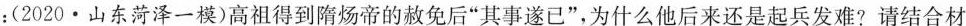
：(2020·山东菏泽一模)高祖得到隋炀帝的赦免后”其事遂已”，为什么他后来还是起兵发难?请结合材